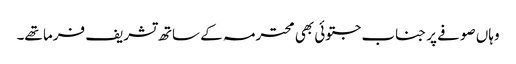
وہاں صوفے پر جناب جتوئی بھی محترمہ کے ساتھ تشریف فرما تھے۔